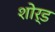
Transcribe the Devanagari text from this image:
शोर्ड